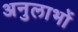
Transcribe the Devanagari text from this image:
अनुलाभों